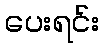
ပေးရင်း